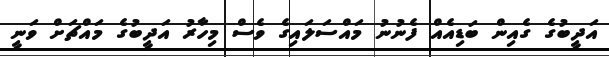
އަދީބުގެ ގެއިން ބަޑިއެއް ފެނުނު މައްސަލައިގެ ވެސް މިހާރު އަދީބުގެ މައްޗަށް ވަނީ